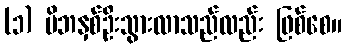
(၁) မိဘနှစ်ဦးသွားလာသည်လည်း ဖြစ်စေ။